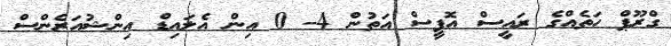
ގްރޫޕް ހަތެއްގެ ރައީސް އޮފީސް އަތުން 4- 0 އިން އެލައިޑް އިންޝުއަރެންސް